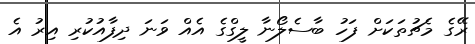
ރޭގެ މެޗުތަކަށް ފަހު ބާސެލޯނާ ލީގްގެ އެއް ވަނަ ދިފާއުކުރި އިރު އެ